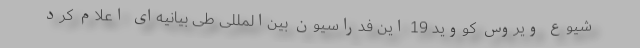
شیوع ویروس کووید 19 این فدراسیون بین‌المللی طی بیانیه‌ای اعلام کرد